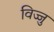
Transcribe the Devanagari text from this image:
विज्जु